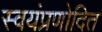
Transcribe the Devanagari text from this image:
स्वयंप्रणोदित